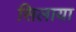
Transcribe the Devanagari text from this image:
सिलाया